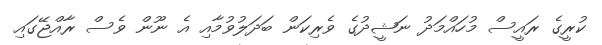
ކުރީގެ ރައީސް މުހައްމަދު ނަޝީދުގެ ވެރިކަން ބަދަލުވުމާއި އެ ނޫން ވެސް ރާއްޖޭގައި